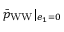
\bar { p } _ { \mathrm { W W } } | _ { e _ { 1 } = 0 }